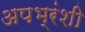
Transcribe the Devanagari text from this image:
अपभ्रंशी